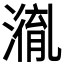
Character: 𭲤